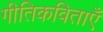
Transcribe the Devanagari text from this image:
गीतिकविताएँ